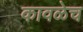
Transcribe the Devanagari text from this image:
कावळेच